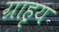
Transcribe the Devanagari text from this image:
ग्राहृय